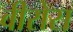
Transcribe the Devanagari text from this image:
वीरोस